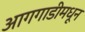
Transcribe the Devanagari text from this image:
आगगाडीमधून